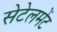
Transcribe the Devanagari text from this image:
सेटेलमेंट